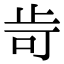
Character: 㱒